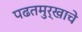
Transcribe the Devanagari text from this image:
पढतमुर्खाचे